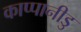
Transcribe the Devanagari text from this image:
काप्पानीडु